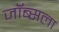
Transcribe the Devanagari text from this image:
जॉब्सला